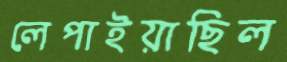
লেপাইয়াছিল